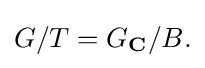
\displaystyle {G/T=G_{\mathbf {C} }/B.}